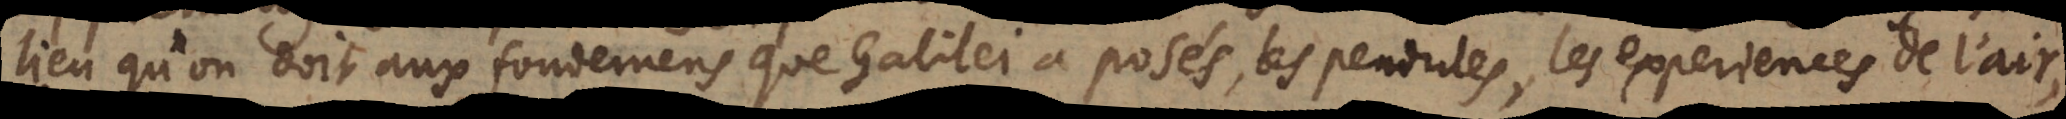
lieu qu’on doit aux fondemens que Galilei a posés, les pendules, les experiences de l’air